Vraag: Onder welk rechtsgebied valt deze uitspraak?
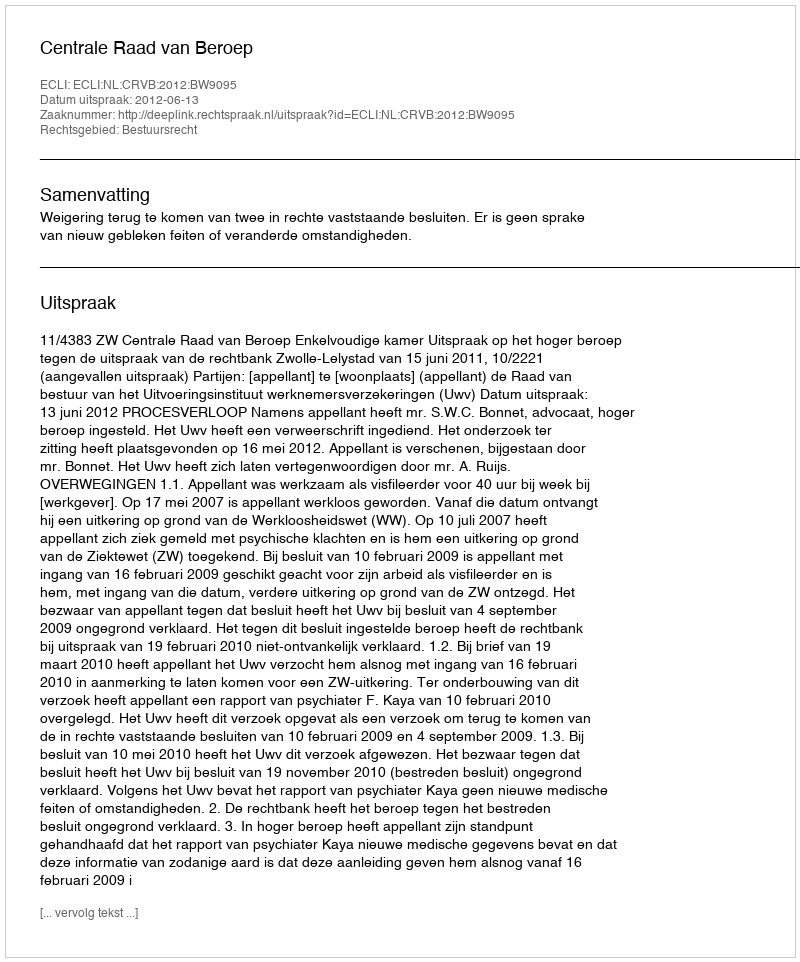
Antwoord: Bestuursrecht